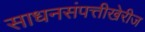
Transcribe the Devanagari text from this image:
साधनसंपत्तीखेरीज